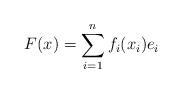
LaTeX: \begin{align*}F(x)=\sum_{i=1}^{n}f_{i}(x_{i})e_{i}\end{align*}